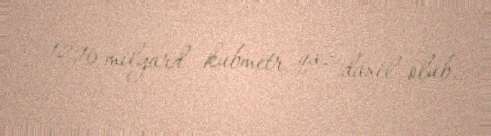
- 12,16 milyard kubmetr qaz daxil olub.